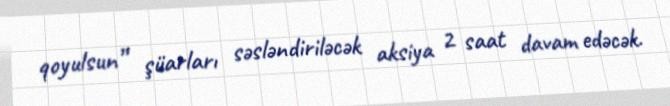
qoyulsun” şüarları səsləndiriləcək aksiya 2 saat davam edəcək.